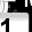
Digit: 1